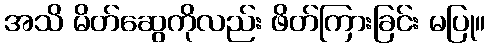
အသိ မိတ်ဆွေကိုလည်း ဖိတ်ကြားခြင်း မပြု။